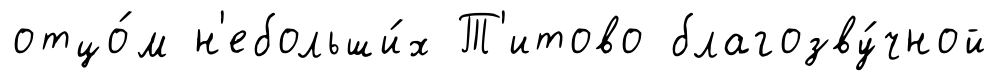
отцо́м н'ебольши́х Т'итово благозву́чной